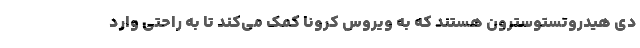
دی هیدروتستوسترون هستند که به ویروس کرونا کمک می‌کند تا به راحتی وارد